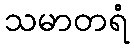
သမာတရံ